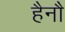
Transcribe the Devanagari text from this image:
हैनौ